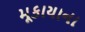
મૂકાયાના